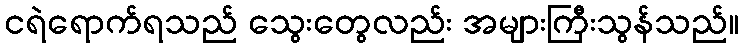
ငရဲရောက်ရသည် သွေးတွေလည်း အများကြီးသွန်သည်။